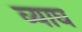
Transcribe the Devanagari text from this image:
व्याघ